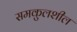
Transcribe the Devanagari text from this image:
समकुलशील